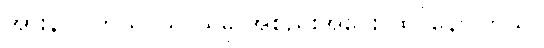
အားနာပါတယ်၊ သူ ယခု အစည်းအဝေး ထိုင်နေပါတယ်။